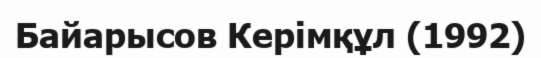
Байарысов Керімқұл (1992)